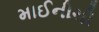
માઈનીચી